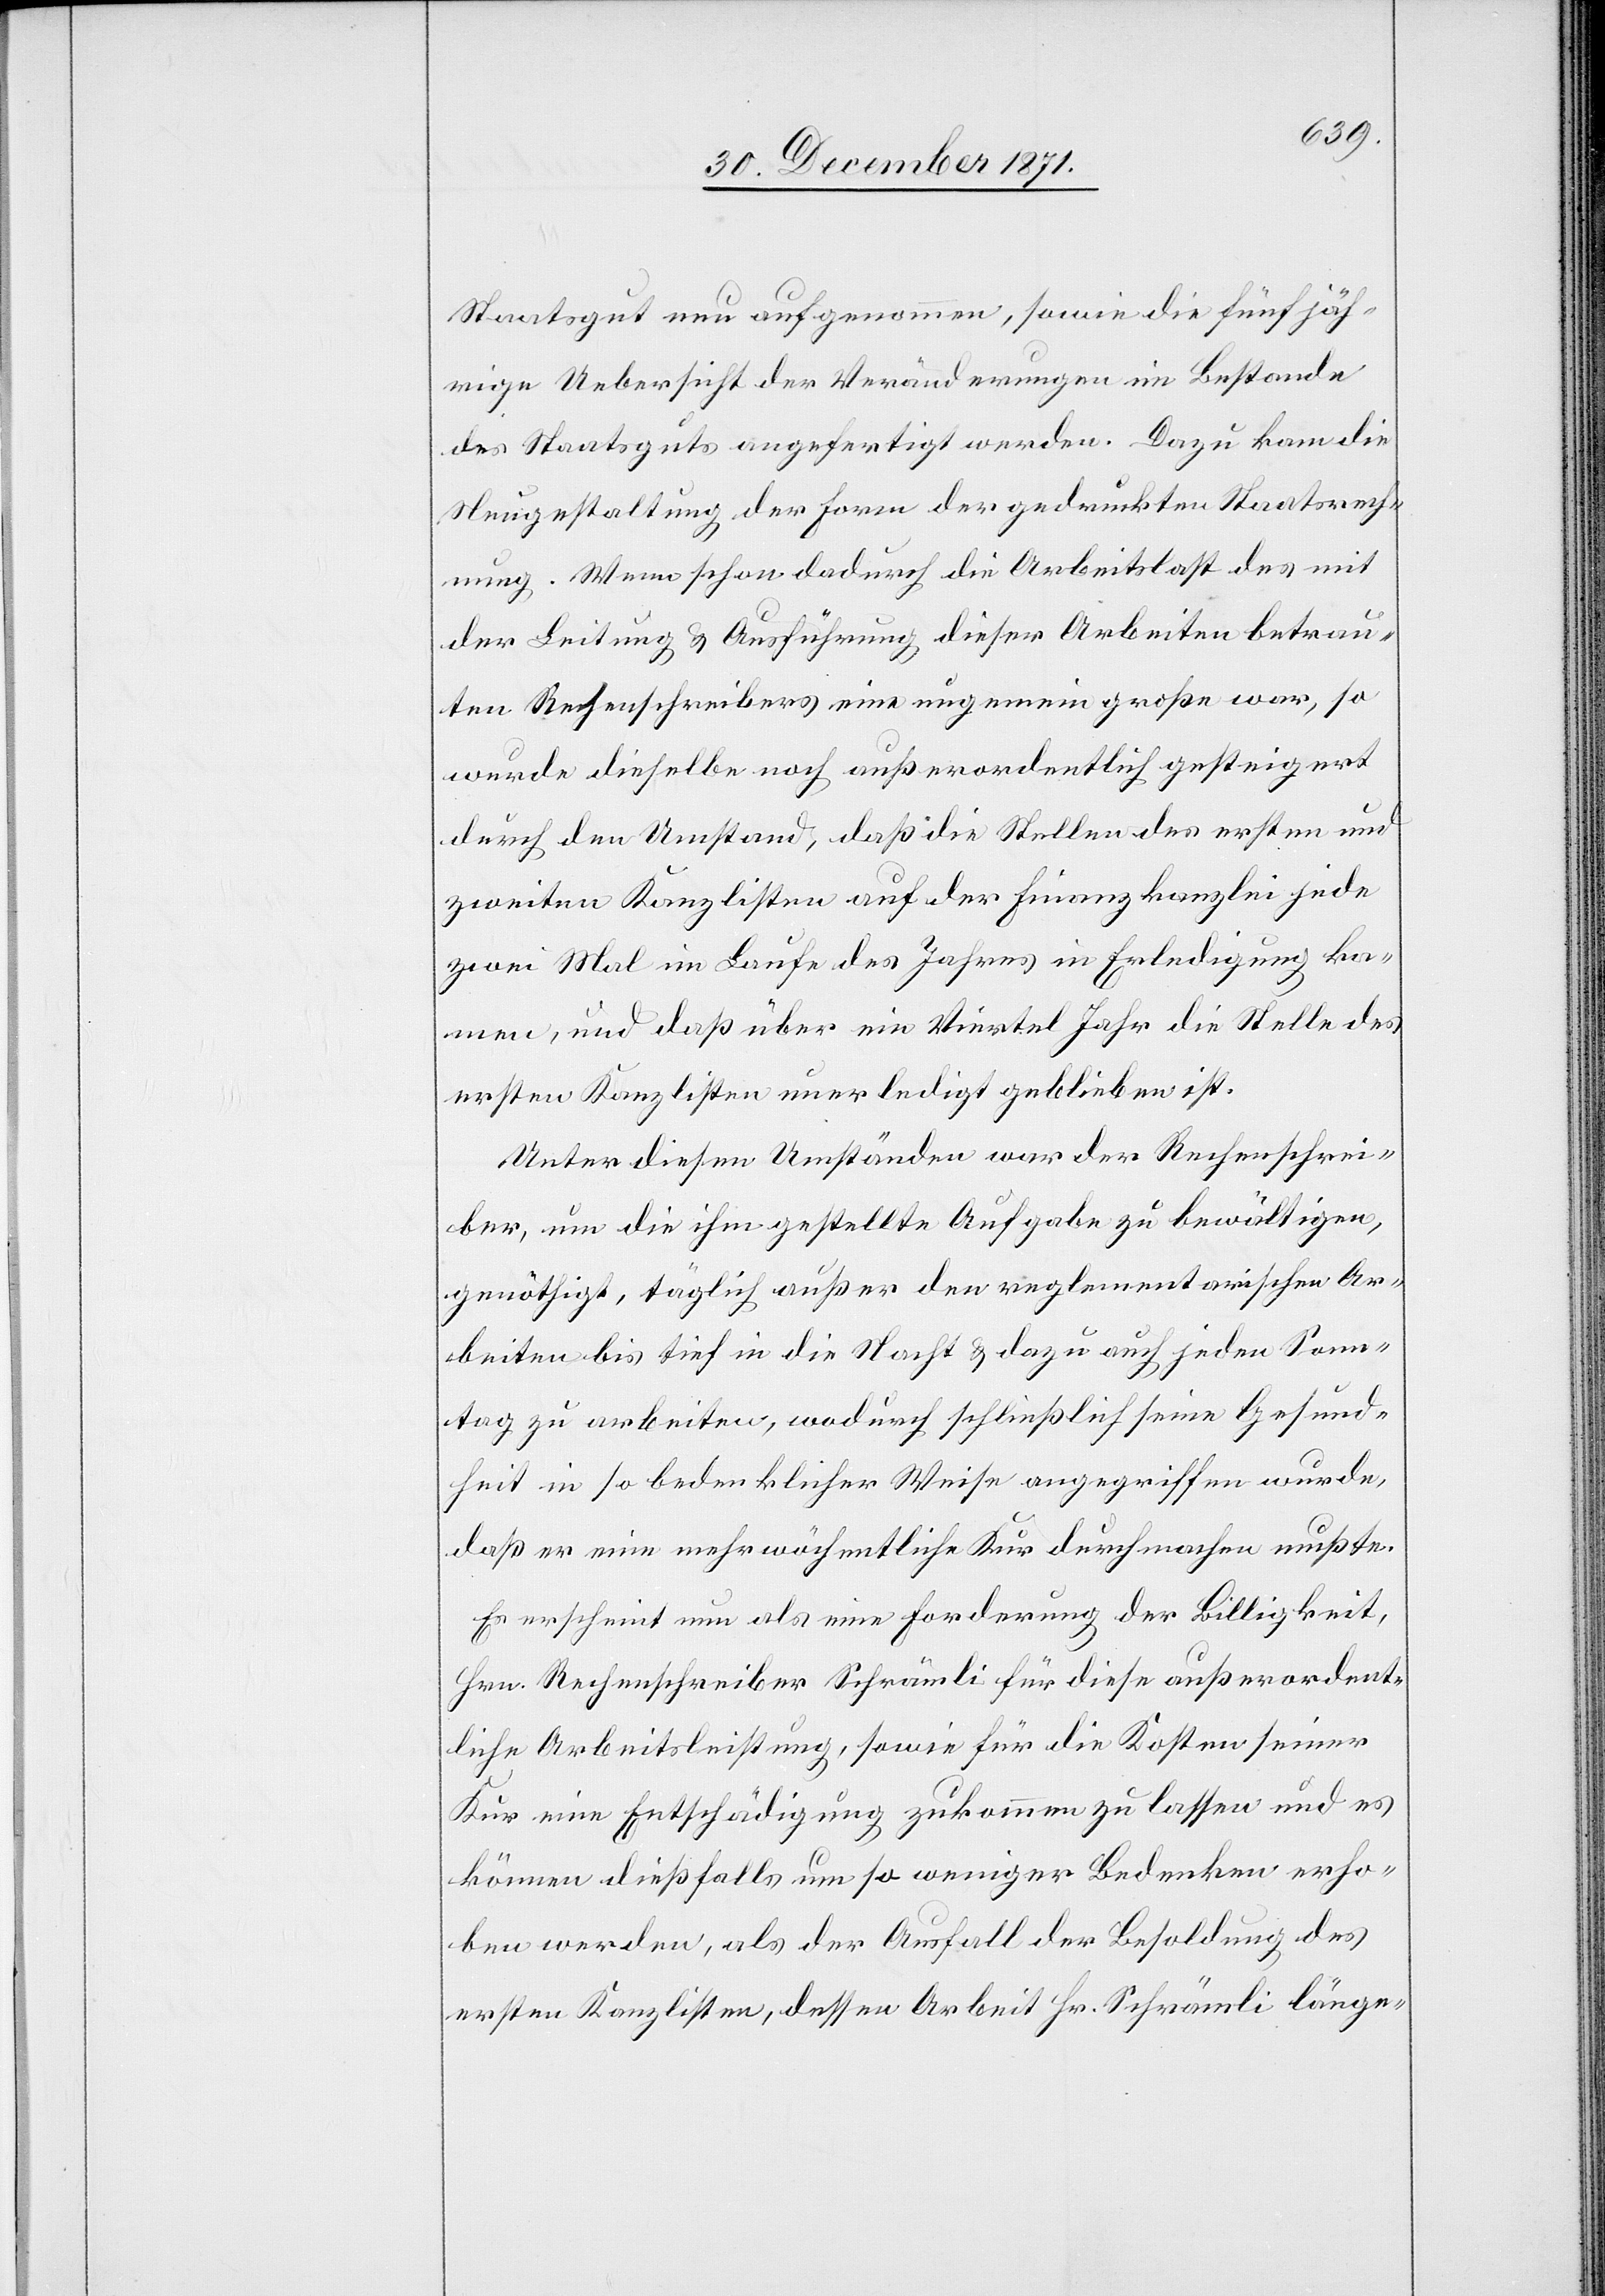
Staatsgut neu aufgenommen, sowie die fünfjäh¬
rige Uebersicht der Veränderungen im Bestande
des Staatsguts angefertigt werden. Dazu kam die
Neugestaltung der Form der gedruckten Staatsrech¬
nung. Wenn schon dadurch die Arbeitslast des mit
der Leitung & Ausführung dieser Arbeiten betrau¬
ten Rechenschreibers eine ungemein große war, so
wurde dieselbe noch außerordentlich gesteigert
durch den Umstand, daß die Stellen des ersten und
zweiten Kanzlisten auf der Finanzkanzlei jede
zwei Mal im Laufe des Jahres in Erledigung ko¬
mmen, und daß über ein Viertel Jahr die Stelle des
ersten Kanzlisten unerledigt geblieben ist.
Unter diesen Umständen war der Rechenschrei¬
ber, um die ihm gestellte Aufgabe zu bewältigen,
genöthigt, täglich außer den reglementarischen Ar¬
beiten bis tief in die Nacht & dazu auch jeden Sam¬
stag zu arbeiten, wodurch schließlich seine Gesund¬
heit in so bedenklicher Weise angegriffen wurde,
daß er eine mehrwöchentliche Kur durchmachen mußte.
Es erscheint nun als eine Forderung der Billigkeit,
Hrn. Rechenschreiber Schrämli für diese außerordent¬
liche Arbeitsleistung, sowie für die Kosten seiner
Kur eine Entschädigung zukommen zu lassen und es
können dießfalls um so weniger Bedenken erho¬
ben werden, als der Ausfall der Besoldung des
ersten Kanzlisten, dessen Arbeit Hr. Schrämli länge-